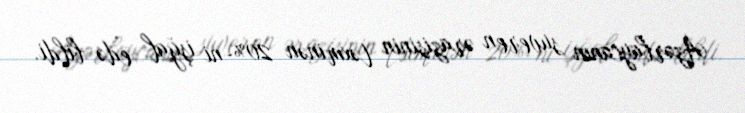
Azərbaycanın suveren ərazisinin təxminən 20%-ni işğal edə bildi.